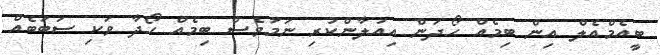
ބީއެމްއެލް އިން ބިމެއް ހޯދަން އިއުލާންކުރި ނަމަވެސް ބިމެއް ހޯދާ ވަކި ސަބަބެއް